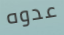
عدوه